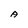
Character: A